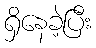
ရှိနေခဲ့ပြီး